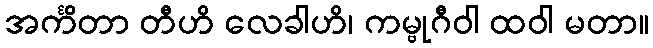
အင်္ကိတာ တီဟိ လေခါဟိ၊ ကမ္ဗုဂီဝါ ထဝါ မတာ။